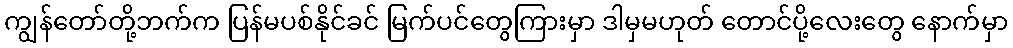
ကျွန်တော်တို့ဘက်က ပြန်မပစ်နိုင်ခင် မြက်ပင်တွေကြားမှာ ဒါမှမဟုတ် တောင်ပို့လေးတွေ နောက်မှာ